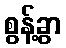
စွန့်ခွာ